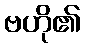
ဗဟို၏